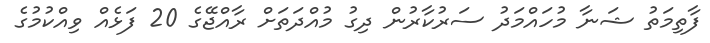
ފާތިމަތު ޝަނާ މުހައްމަދު ސަރުކާރުން ދިގު މުއްދަތަށް ރާއްޖޭގެ 20 ފަޅެއް ވިއްކުމުގެ